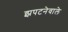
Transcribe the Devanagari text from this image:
झपटनेवाले